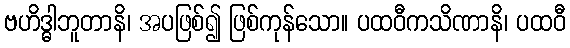
ဗဟိဒ္ဓါဘူတာနိ၊ အပဖြစ်၍ ဖြစ်ကုန်သော။ ပထဝီကသိဏာနိ၊ ပထဝီ